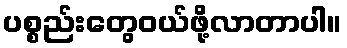
ပစ္စည်းတွေဝယ်ဖို့လာတာပါ။